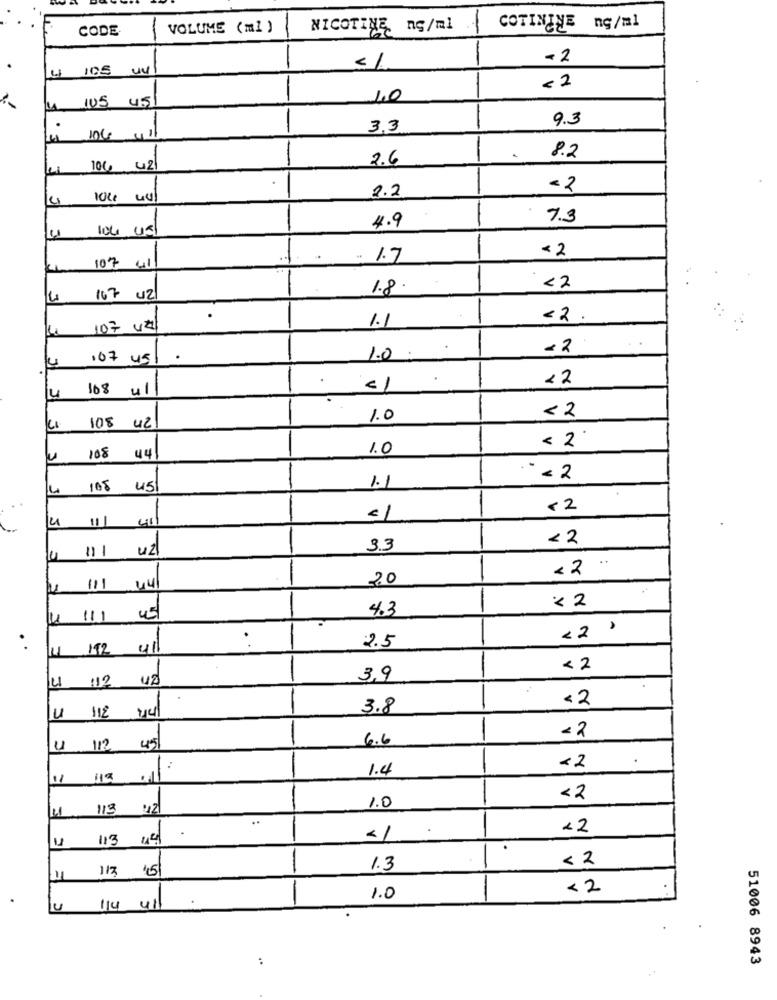
CODE
VOLUME (ml )
NICOTINE ng/ml
COTININE ng/ml
-
-
-2
105 UN
< 2
IUS 45
10
9.3
---
3,3
104 41/
-
2.6
8.2
100 42
-
2.2
-2
1000 44
7.3
104 45
4.9
-
< 2
1.7
107 41/
1.8.
<2
167 42
1.1
<2.
107 4z
<2
107 45
.
1.0 :
<2
108 ul
4
1.0
< 2
108 42
< 2
108
1.0
44
1.1
` `< 2
105
45
- 2
4
< 2
DI u2
3.3
<2
20
111 441
< 2
4.3
-
11.1 45
<2 .
. .
192 41
2.5
< 2
112 UZ
3,9
u
<2
3.8
-
6.6
<2
u 112 45
1.4
<2
11 119 .11
<2
4 113 412
1.0
..
22
113 44
<1
.
< 2
113 '51
-
1.3
<2
1.0
-
4
:
51006 8943